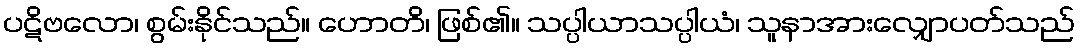
ပဋိဗလော၊ စွမ်းနိုင်သည်။ ဟောတိ၊ ဖြစ်၏။ သပ္ပါယာသပ္ပါယံ၊ သူနာအားလျှောပတ်သည်